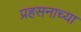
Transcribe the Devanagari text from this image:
प्रहसनाच्या